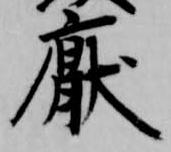
厭